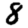
Digit: 8